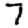
Digit: 7